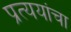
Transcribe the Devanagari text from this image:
प्रत्ययांचा